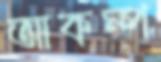
আকম্প